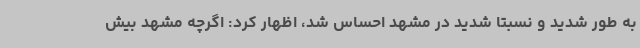
به طور شدید و نسبتا شدید در مشهد احساس شد، اظهار کرد: اگرچه مشهد بیش